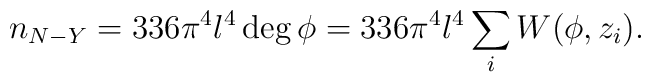
n_{N-Y}=336\pi ^4l^4\deg \phi =336\pi ^4l^4\sum_iW(\phi ,z_i).